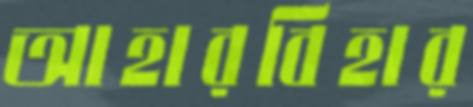
আহারবিহার